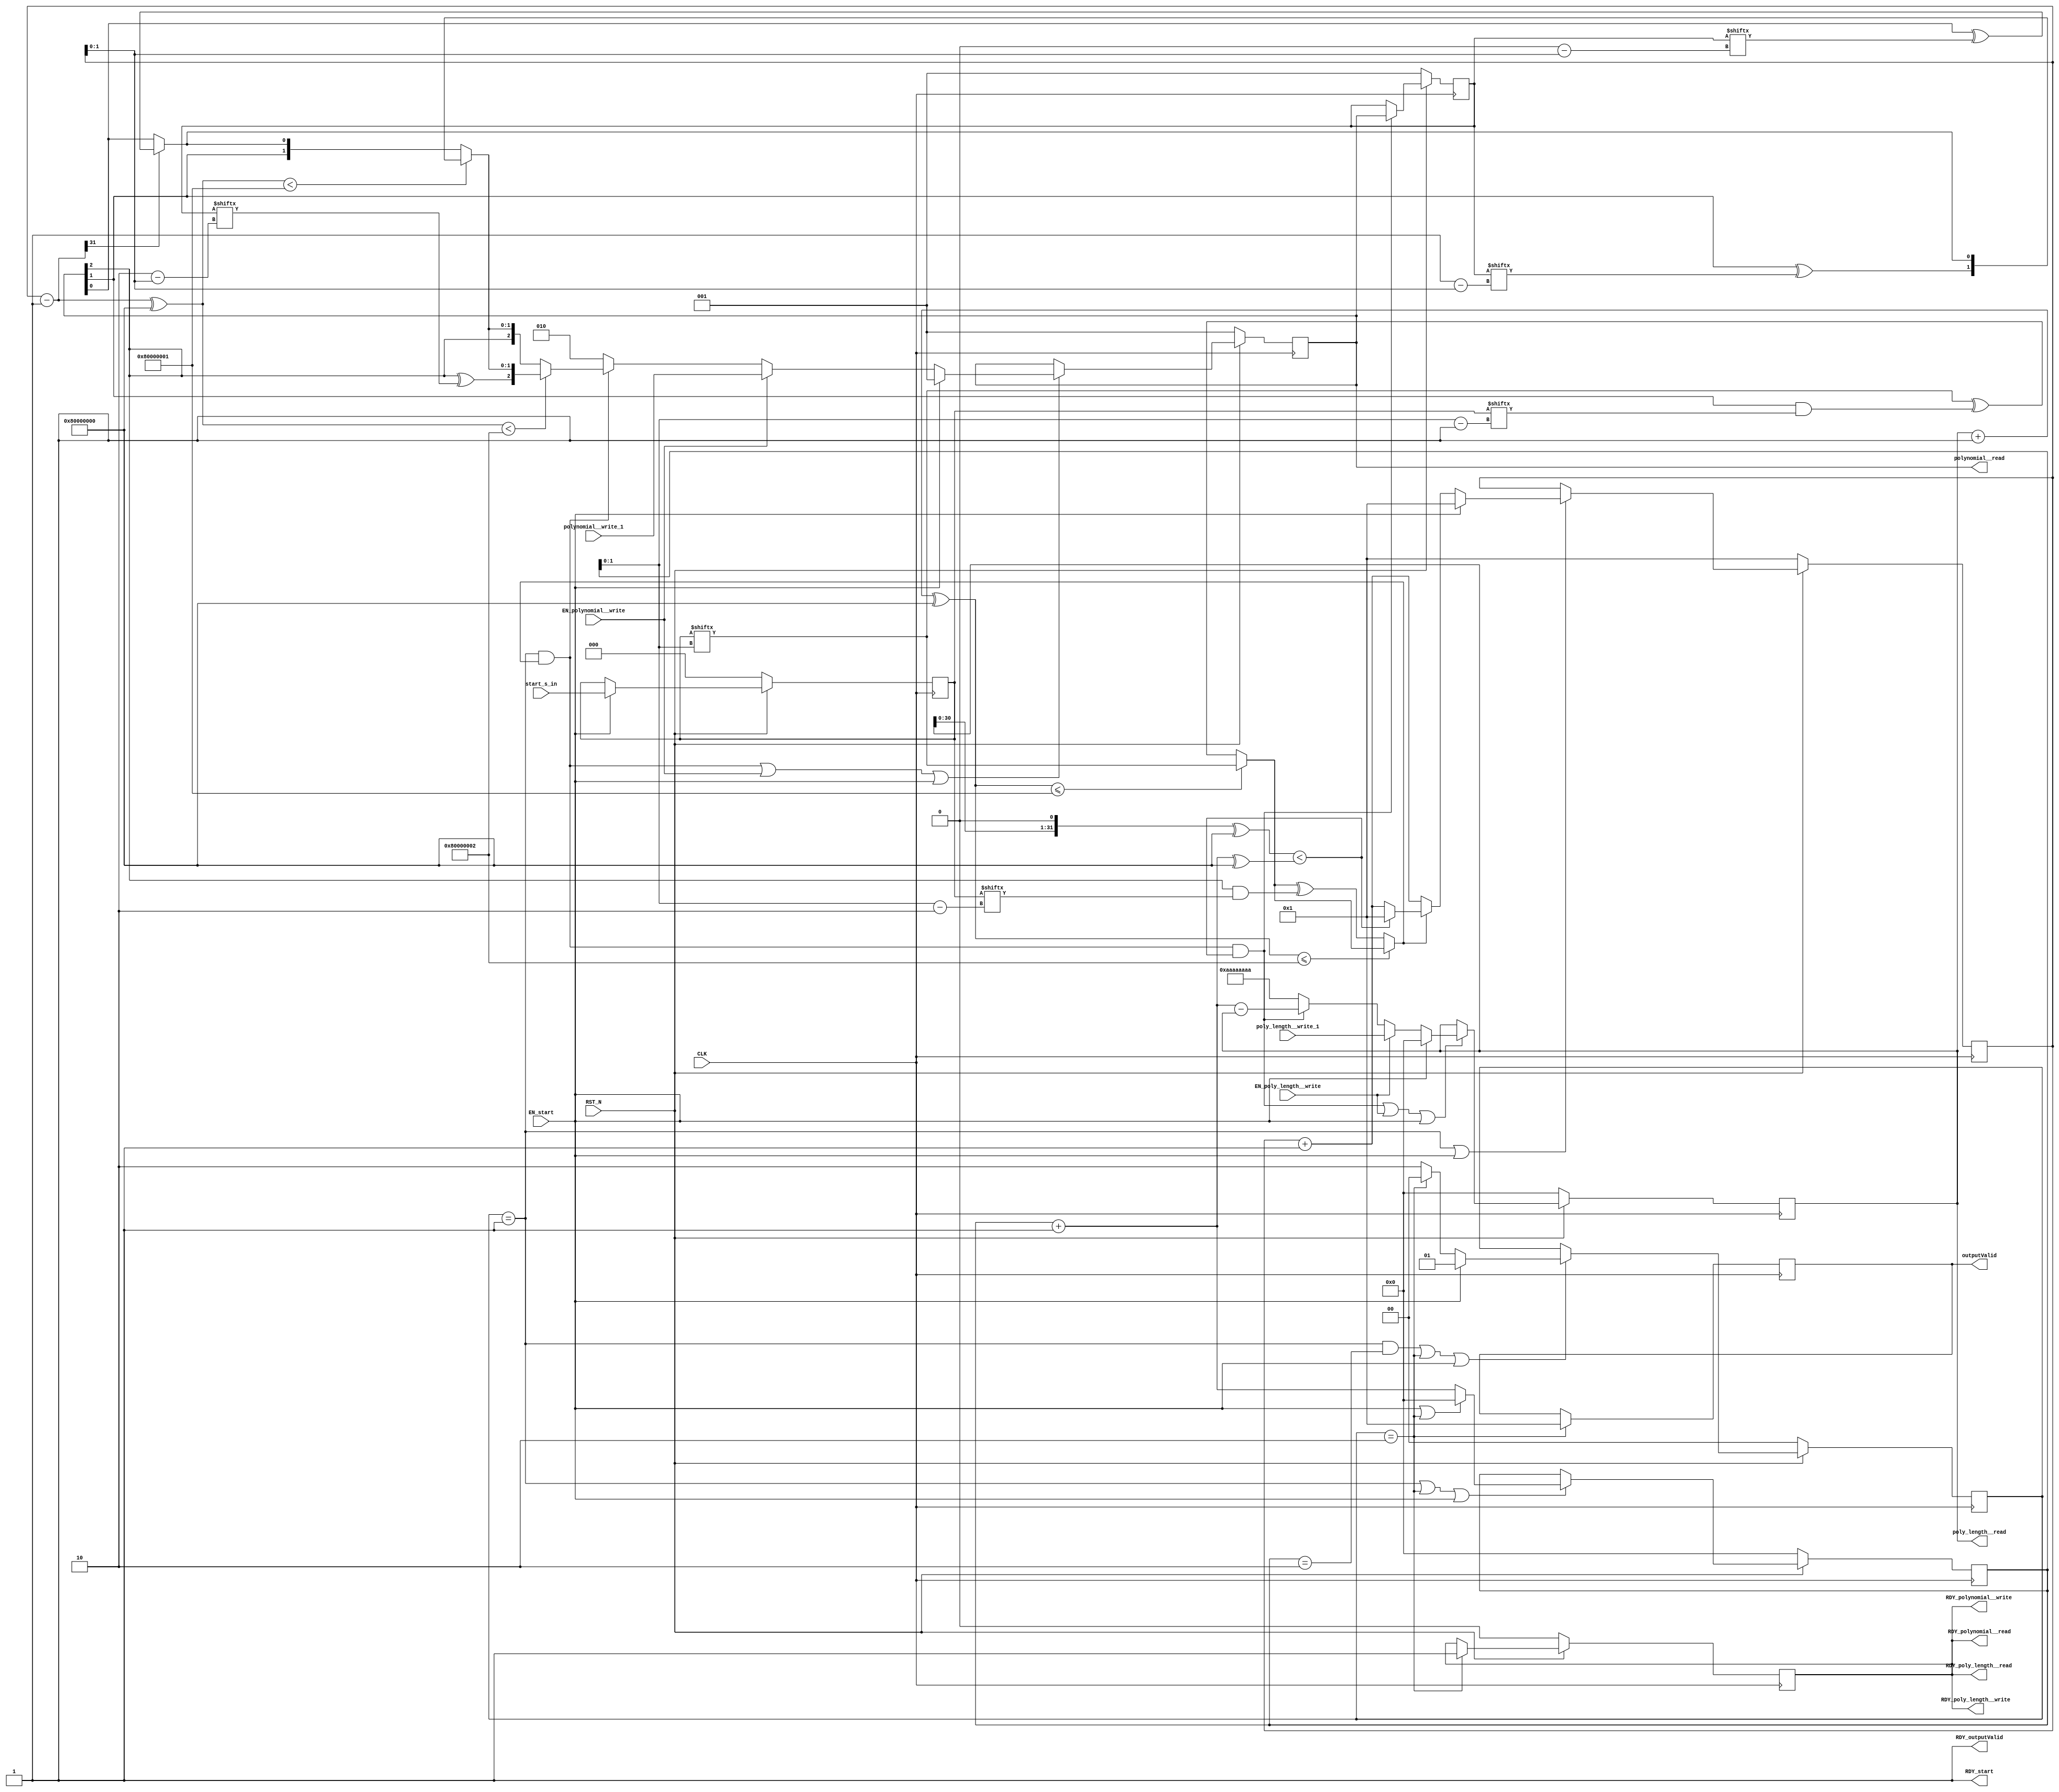
//
// Generated by Bluespec Compiler, version 2014.05.C (build 33930, 2014-05-28)
//
// On Fri May  4 10:07:22 IST 2018
//
//
// Ports:
// Name                         I/O  size props
// RDY_start                      O     1 const
// RDY_polynomial__write          O     1 reg
// polynomial__read               O     3 reg
// RDY_polynomial__read           O     1 reg
// RDY_poly_length__write         O     1 reg
// poly_length__read              O    32 reg
// RDY_poly_length__read          O     1 reg
// outputValid                    O    32 reg
// RDY_outputValid                O     1 const
// CLK                            I     1 clock
// RST_N                          I     1 reset
// start_s_in                     I     3 reg
// polynomial__write_1            I     3
// poly_length__write_1           I    32
// EN_start                       I     1
// EN_polynomial__write           I     1
// EN_poly_length__write          I     1
//
// No combinational paths from inputs to outputs
//
//

`ifdef BSV_ASSIGNMENT_DELAY
`else
  `define BSV_ASSIGNMENT_DELAY
`endif

`ifdef BSV_POSITIVE_RESET
  `define BSV_RESET_VALUE 1'b1
  `define BSV_RESET_EDGE posedge
`else
  `define BSV_RESET_VALUE 1'b0
  `define BSV_RESET_EDGE negedge
`endif

module mkBerlekampMassey(CLK,
			 RST_N,

			 start_s_in,
			 EN_start,
			 RDY_start,

			 polynomial__write_1,
			 EN_polynomial__write,
			 RDY_polynomial__write,

			 polynomial__read,
			 RDY_polynomial__read,

			 poly_length__write_1,
			 EN_poly_length__write,
			 RDY_poly_length__write,

			 poly_length__read,
			 RDY_poly_length__read,

			 outputValid,
			 RDY_outputValid);
  input  CLK;
  input  RST_N;

  // action method start
  input  [2 : 0] start_s_in;
  input  EN_start;
  output RDY_start;

  // action method polynomial__write
  input  [2 : 0] polynomial__write_1;
  input  EN_polynomial__write;
  output RDY_polynomial__write;

  // value method polynomial__read
  output [2 : 0] polynomial__read;
  output RDY_polynomial__read;

  // action method poly_length__write
  input  [31 : 0] poly_length__write_1;
  input  EN_poly_length__write;
  output RDY_poly_length__write;

  // value method poly_length__read
  output [31 : 0] poly_length__read;
  output RDY_poly_length__read;

  // value method outputValid
  output [31 : 0] outputValid;
  output RDY_outputValid;

  // signals for module outputs
  wire [31 : 0] outputValid, poly_length__read;
  wire [2 : 0] polynomial__read;
  wire RDY_outputValid,
       RDY_poly_length__read,
       RDY_poly_length__write,
       RDY_polynomial__read,
       RDY_polynomial__write,
       RDY_start;

  // register b
  reg [2 : 0] b;
  wire [2 : 0] b$D_IN;
  wire b$EN;

  // register c
  reg [2 : 0] c;
  reg [2 : 0] c$D_IN;
  wire c$EN;

  // register l
  reg [31 : 0] l;
  reg [31 : 0] l$D_IN;
  wire l$EN;

  // register m
  reg [31 : 0] m;
  wire [31 : 0] m$D_IN;
  wire m$EN;

  // register out_en
  reg out_en;
  wire out_en$D_IN, out_en$EN;

  // register outputDone
  reg [31 : 0] outputDone;
  wire [31 : 0] outputDone$D_IN;
  wire outputDone$EN;

  // register s
  reg [2 : 0] s;
  wire [2 : 0] s$D_IN;
  wire s$EN;

  // register state
  reg [1 : 0] state;
  reg [1 : 0] state$D_IN;
  wire state$EN;

  // register x
  reg [31 : 0] x;
  wire [31 : 0] x$D_IN;
  wire x$EN;

  // inputs to muxes for submodule ports
  wire [31 : 0] MUX_l$write_1__VAL_3, MUX_x$write_1__VAL_2;
  wire [2 : 0] MUX_c$write_1__VAL_3;
  wire MUX_c$write_1__SEL_3, MUX_l$write_1__SEL_3, MUX_state$write_1__SEL_3;

  // remaining internal signals
  wire [31 : 0] l_PLUS_1___d4,
		m_PLUS_1___d28,
		x_0_MINUS_1___d34,
		x_0_PLUS_1___d31,
		x__h1046,
		x__h1159,
		x__h1273,
		x__h738,
		x__h821;
  wire [2 : 0] IF_x_0_MINUS_1_4_BIT_31_7_THEN_c_1_BITS_2_TO_1_ETC___d46,
	       IF_x_0_MINUS_1_4_SLT_1_6_THEN_IF_x_0_MINUS_1_4_ETC___d55,
	       result__h911,
	       result__h933,
	       result__h955;
  wire IF_l_PLUS_1_SLE_1_THEN_s_BIT_m_BITS_1_TO_0_0_E_ETC___d18,
       IF_l_PLUS_1_SLE_2_THEN_IF_l_PLUS_1_SLE_1_THEN__ETC___d25,
       discrepancy__h579,
       discrepancy__h599,
       l_BITS_30_TO_0_6_CONCAT_0_7_SLT_m_PLUS_1_8___d29,
       x__h613,
       y__h594,
       y__h614,
       y__h650,
       y__h742;

  // action method start
  assign RDY_start = 1'd1 ;

  // action method polynomial__write
  assign RDY_polynomial__write = out_en ;

  // value method polynomial__read
  assign polynomial__read = c ;
  assign RDY_polynomial__read = out_en ;

  // action method poly_length__write
  assign RDY_poly_length__write = out_en ;

  // value method poly_length__read
  assign poly_length__read = l ;
  assign RDY_poly_length__read = out_en ;

  // value method outputValid
  assign outputValid = outputDone ;
  assign RDY_outputValid = 1'd1 ;

  // inputs to muxes for submodule ports
  assign MUX_c$write_1__SEL_3 =
	     state == 2'd1 &&
	     IF_l_PLUS_1_SLE_2_THEN_IF_l_PLUS_1_SLE_1_THEN__ETC___d25 ;
  assign MUX_l$write_1__SEL_3 =
	     state == 2'd1 &&
	     IF_l_PLUS_1_SLE_2_THEN_IF_l_PLUS_1_SLE_1_THEN__ETC___d25 &&
	     l_BITS_30_TO_0_6_CONCAT_0_7_SLT_m_PLUS_1_8___d29 ;
  assign MUX_state$write_1__SEL_3 = state == 2'd1 && m == 32'd2 ;
  assign MUX_c$write_1__VAL_3 =
	     ((x_0_MINUS_1___d34 ^ 32'h80000000) < 32'h80000002) ?
	       result__h911 :
	       IF_x_0_MINUS_1_4_SLT_1_6_THEN_IF_x_0_MINUS_1_4_ETC___d55 ;
  assign MUX_l$write_1__VAL_3 = m_PLUS_1___d28 - l ;
  assign MUX_x$write_1__VAL_2 =
	     IF_l_PLUS_1_SLE_2_THEN_IF_l_PLUS_1_SLE_1_THEN__ETC___d25 ?
	       (l_BITS_30_TO_0_6_CONCAT_0_7_SLT_m_PLUS_1_8___d29 ?
		  32'd1 :
		  x_0_PLUS_1___d31) :
	       x_0_PLUS_1___d31 ;

  // register b
  assign b$D_IN = c ;
  assign b$EN = MUX_l$write_1__SEL_3 ;

  // register c
  always@(EN_start or
	  EN_polynomial__write or
	  polynomial__write_1 or MUX_c$write_1__SEL_3 or MUX_c$write_1__VAL_3)
  case (1'b1)
    EN_start: c$D_IN = 3'd1;
    EN_polynomial__write: c$D_IN = polynomial__write_1;
    MUX_c$write_1__SEL_3: c$D_IN = MUX_c$write_1__VAL_3;
    default: c$D_IN = 3'b010 /* unspecified value */ ;
  endcase
  assign c$EN =
	     state == 2'd1 &&
	     IF_l_PLUS_1_SLE_2_THEN_IF_l_PLUS_1_SLE_1_THEN__ETC___d25 ||
	     EN_polynomial__write ||
	     EN_start ;

  // register l
  always@(EN_start or
	  EN_poly_length__write or
	  poly_length__write_1 or
	  MUX_l$write_1__SEL_3 or MUX_l$write_1__VAL_3)
  case (1'b1)
    EN_start: l$D_IN = 32'd0;
    EN_poly_length__write: l$D_IN = poly_length__write_1;
    MUX_l$write_1__SEL_3: l$D_IN = MUX_l$write_1__VAL_3;
    default: l$D_IN = 32'hAAAAAAAA /* unspecified value */ ;
  endcase
  assign l$EN =
	     state == 2'd1 &&
	     IF_l_PLUS_1_SLE_2_THEN_IF_l_PLUS_1_SLE_1_THEN__ETC___d25 &&
	     l_BITS_30_TO_0_6_CONCAT_0_7_SLT_m_PLUS_1_8___d29 ||
	     EN_poly_length__write ||
	     EN_start ;

  // register m
  assign m$D_IN = (EN_start || state == 2'd2) ? 32'd0 : m_PLUS_1___d28 ;
  assign m$EN = state == 2'd1 || state == 2'd2 || EN_start ;

  // register out_en
  assign out_en$D_IN = 1'd1 ;
  assign out_en$EN = state == 2'd2 ;

  // register outputDone
  assign outputDone$D_IN = 32'd1 ;
  assign outputDone$EN = state == 2'd2 ;

  // register s
  assign s$D_IN = start_s_in ;
  assign s$EN = EN_start ;

  // register state
  always@(EN_start or state or MUX_state$write_1__SEL_3)
  case (1'b1)
    EN_start: state$D_IN = 2'd1;
    state == 2'd2: state$D_IN = 2'd0;
    MUX_state$write_1__SEL_3: state$D_IN = 2'd2;
    default: state$D_IN = 2'b10 /* unspecified value */ ;
  endcase
  assign state$EN = state == 2'd1 && m == 32'd2 || state == 2'd2 || EN_start ;

  // register x
  assign x$D_IN = EN_start ? 32'd1 : MUX_x$write_1__VAL_2 ;
  assign x$EN = state == 2'd1 || EN_start ;

  // remaining internal signals
  assign IF_l_PLUS_1_SLE_1_THEN_s_BIT_m_BITS_1_TO_0_0_E_ETC___d18 =
	     ((l_PLUS_1___d4 ^ 32'h80000000) <= 32'h80000001) ?
	       x__h613 :
	       discrepancy__h599 ;
  assign IF_l_PLUS_1_SLE_2_THEN_IF_l_PLUS_1_SLE_1_THEN__ETC___d25 =
	     ((l_PLUS_1___d4 ^ 32'h80000000) <= 32'h80000002) ?
	       IF_l_PLUS_1_SLE_1_THEN_s_BIT_m_BITS_1_TO_0_0_E_ETC___d18 :
	       discrepancy__h579 ;
  assign IF_x_0_MINUS_1_4_BIT_31_7_THEN_c_1_BITS_2_TO_1_ETC___d46 =
	     x_0_MINUS_1___d34[31] ? result__h955 : c ;
  assign IF_x_0_MINUS_1_4_SLT_1_6_THEN_IF_x_0_MINUS_1_4_ETC___d55 =
	     ((x_0_MINUS_1___d34 ^ 32'h80000000) < 32'h80000001) ?
	       result__h933 :
	       IF_x_0_MINUS_1_4_BIT_31_7_THEN_c_1_BITS_2_TO_1_ETC___d46 ;
  assign discrepancy__h579 =
	     IF_l_PLUS_1_SLE_1_THEN_s_BIT_m_BITS_1_TO_0_0_E_ETC___d18 ^
	     y__h594 ;
  assign discrepancy__h599 = x__h613 ^ y__h614 ;
  assign l_BITS_30_TO_0_6_CONCAT_0_7_SLT_m_PLUS_1_8___d29 =
	     ({ l[30:0], 1'd0 } ^ 32'h80000000) <
	     (m_PLUS_1___d28 ^ 32'h80000000) ;
  assign l_PLUS_1___d4 = l + 32'd1 ;
  assign m_PLUS_1___d28 = m + 32'd1 ;
  assign result__h911 =
	     { IF_x_0_MINUS_1_4_SLT_1_6_THEN_IF_x_0_MINUS_1_4_ETC___d55[2] ^
	       b[x__h1273[1:0]],
	       IF_x_0_MINUS_1_4_SLT_1_6_THEN_IF_x_0_MINUS_1_4_ETC___d55[1:0] } ;
  assign result__h933 =
	     { IF_x_0_MINUS_1_4_BIT_31_7_THEN_c_1_BITS_2_TO_1_ETC___d46[2],
	       IF_x_0_MINUS_1_4_BIT_31_7_THEN_c_1_BITS_2_TO_1_ETC___d46[1] ^
	       b[x__h1159[1:0]],
	       IF_x_0_MINUS_1_4_BIT_31_7_THEN_c_1_BITS_2_TO_1_ETC___d46[0] } ;
  assign result__h955 = { c[2:1], c[0] ^ b[x__h1046[1:0]] } ;
  assign x_0_MINUS_1___d34 = x - 32'd1 ;
  assign x_0_PLUS_1___d31 = x + 32'd1 ;
  assign x__h1046 = 32'd0 - x ;
  assign x__h1159 = 32'd1 - x ;
  assign x__h1273 = 32'd2 - x ;
  assign x__h613 = s[m[1:0]] ;
  assign x__h738 = m - 32'd1 ;
  assign x__h821 = m - 32'd2 ;
  assign y__h594 = c[2] & y__h742 ;
  assign y__h614 = c[1] & y__h650 ;
  assign y__h650 = s[x__h738[1:0]] ;
  assign y__h742 = s[x__h821[1:0]] ;

  // handling of inlined registers

  always@(posedge CLK)
  begin
    if (RST_N == `BSV_RESET_VALUE)
      begin
        b <= `BSV_ASSIGNMENT_DELAY 3'd1;
	c <= `BSV_ASSIGNMENT_DELAY 3'd1;
	l <= `BSV_ASSIGNMENT_DELAY 32'd0;
	m <= `BSV_ASSIGNMENT_DELAY 32'd0;
	out_en <= `BSV_ASSIGNMENT_DELAY 1'd0;
	s <= `BSV_ASSIGNMENT_DELAY 3'd0;
	state <= `BSV_ASSIGNMENT_DELAY 2'd0;
	x <= `BSV_ASSIGNMENT_DELAY 32'd1;
      end
    else
      begin
        if (b$EN) b <= `BSV_ASSIGNMENT_DELAY b$D_IN;
	if (c$EN) c <= `BSV_ASSIGNMENT_DELAY c$D_IN;
	if (l$EN) l <= `BSV_ASSIGNMENT_DELAY l$D_IN;
	if (m$EN) m <= `BSV_ASSIGNMENT_DELAY m$D_IN;
	if (out_en$EN) out_en <= `BSV_ASSIGNMENT_DELAY out_en$D_IN;
	if (s$EN) s <= `BSV_ASSIGNMENT_DELAY s$D_IN;
	if (state$EN) state <= `BSV_ASSIGNMENT_DELAY state$D_IN;
	if (x$EN) x <= `BSV_ASSIGNMENT_DELAY x$D_IN;
      end
    if (outputDone$EN) outputDone <= `BSV_ASSIGNMENT_DELAY outputDone$D_IN;
  end

  // synopsys translate_off
  `ifdef BSV_NO_INITIAL_BLOCKS
  `else // not BSV_NO_INITIAL_BLOCKS
  initial
  begin
    b = 3'h2;
    c = 3'h2;
    l = 32'hAAAAAAAA;
    m = 32'hAAAAAAAA;
    out_en = 1'h0;
    outputDone = 32'hAAAAAAAA;
    s = 3'h2;
    state = 2'h2;
    x = 32'hAAAAAAAA;
  end
  `endif // BSV_NO_INITIAL_BLOCKS
  // synopsys translate_on
endmodule  // mkBerlekampMassey